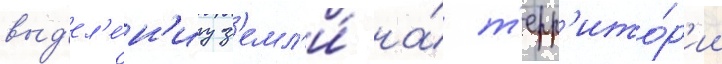
выд'ел'е́н'иу з'емл'и́ на́ т'ерр'ито́р'ии